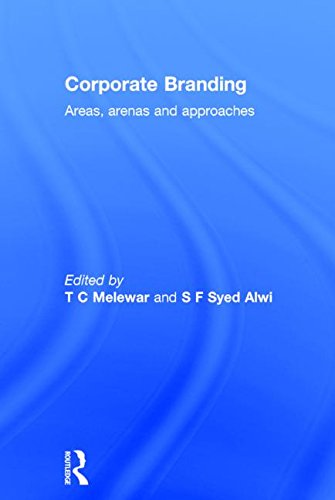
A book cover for Corporate Branding: Areas, arenas and approaches; Business & Money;